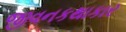
જીવનકથાકાર